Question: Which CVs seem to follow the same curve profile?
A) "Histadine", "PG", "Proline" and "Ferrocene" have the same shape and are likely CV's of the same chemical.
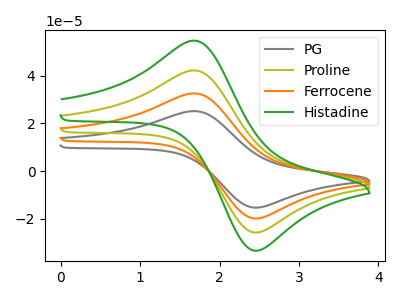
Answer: <think>The gray curve "PG" has an anodic peak at (1.65V, 126.45uA) and a cathodic peak at (2.50V, -76.90uA). The olive curve "Proline" has an anodic peak at (1.65V, 42.15uA) and a cathodic peak at (2.50V, -25.65uA). The orange curve "Ferrocene" has an anodic peak at (1.65V, 84.30uA) and a cathodic peak at (2.50V, -51.25uA). The green curve "Histadine" has an anodic peak at (1.65V, 54.65uA) and a cathodic peak at (2.50V, -33.20uA).
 All the peaks in "PG" have a peak in "Proline" at the same potential. Every peak in "PG" is higher than every peak in "Proline". All the peaks in "PG" have a peak in "Ferrocene" at the same potential. Every peak in "PG" is higher than every peak in "Ferrocene". All the peaks in "PG" have a peak in "Histadine" at the same potential. Every peak in "PG" is higher than every peak in "Histadine". All the peaks in "Proline" have a peak in "Ferrocene" at the same potential. Every peak in "Proline" is lower than every peak in "Ferrocene". All the peaks in "Proline" have a peak in "Histadine" at the same potential. Every peak in "Proline" is lower than every peak in "Histadine". All the peaks in "Ferrocene" have a peak in "Histadine" at the same potential. Every peak in "Ferrocene" is higher than every peak in "Histadine".</think>
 <answer>A) "Histadine", "PG", "Proline" and "Ferrocene" have the same shape and are likely CV's of the same chemical.</answer>
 <eval>A</eval>